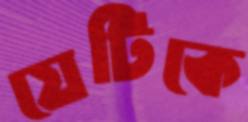
যেটিকে